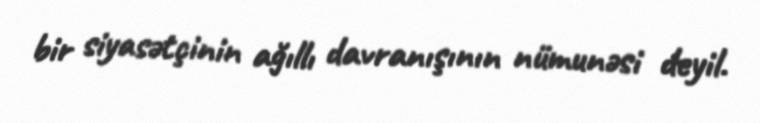
bir siyasətçinin ağıllı davranışının nümunəsi deyil.